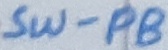
Text: SW-PB